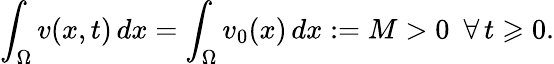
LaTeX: \int_{\Omega}{v(x,t)\, dx}=\int_{\Omega}{v_{0}(x)\, dx}:=M>0\ \ \forall\, t\geqslant 0.